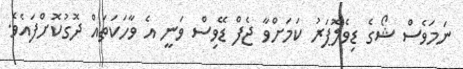
ނަމަވެސް ޝޯގެ ޑިވެލޮޕަރު ކަމަށްވާ ޖެފް ޑޭވިސް ވަނީ އެ ވާހަކަތައް ދޮގުކޮށްފައެވެ.